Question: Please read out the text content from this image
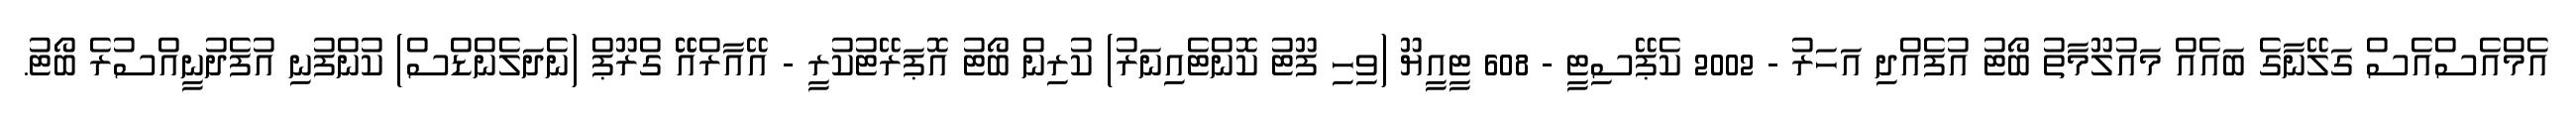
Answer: އެމްއެސްއެސް ގަލޭނާގެ ބައެއް މައުލޫމާތު ބޯޓު އުފެއްދި އަހަރު - 2002 ކެޕޭސިޓީ - 608 ޓީއީޔޫ (ވިހި ފޫޓު ކޮންޓެއިނަރު) ކުރިން ބޯޓު އޮޕަރޭޓުކުރީ - އޭއާރްއޭޭ ގްރޫޕް (ނެދަލެންޑްސް) ކުންފުނި އުފެދުނީއްސުރެ ބޯޓު.